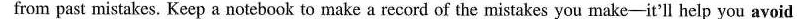
from past mistakes. Keep a notebook to make a record of the mistakes you make—it'll help you avoid